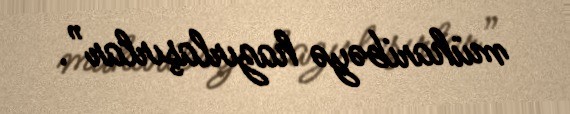
müharibəyə hazırlaşırlar”.